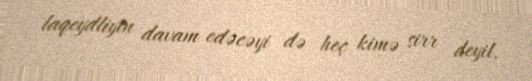
laqeydliyin davam edəcəyi də heç kimə sirr deyil.